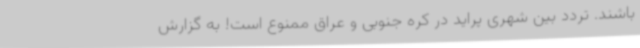
باشند. تردد بین شهری پراید در کره جنوبی و عراق ممنوع است! به گزارش